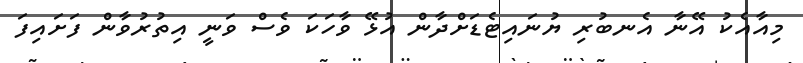
މިއާއެކު އޭނާ އެނބުރި ޔުނައިޓެޑަށްދާން އުޅޭ ވާހަކަ ވެސް ވަނީ އިތުރުވާން ފަށައިފަ